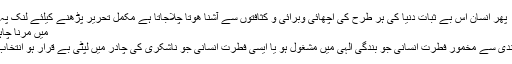
پھر انسان اس بے ثبات دنیا کی ہر طرح کی اچھائی وبرائی و کثافتوں سے آشنا هوتا چلاجاتا ہے مکمل تحریر پڑھنے کیلئے لنک پہ کلک کریں
میں مرنا چاہتا ہوں لیکن
نعمتِ خداوندی سے مخمور فطرت انسانی جو بندگیِ الہی میں مشغول ہو یا ایسی فطرتِ انسانی جو ناشکری کی چادر میں لپٹی بے قرار ہو انتخاب آپکا ہے. ۔